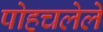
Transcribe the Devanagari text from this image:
पोहचलेले